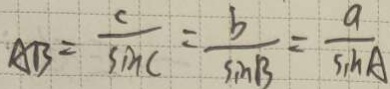
A B = \frac { c } { \sin C } = \frac { b } { \sin B } = \frac { a } { \sin A }